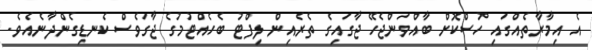
އެ އިމާރާތެއްގައި ހުސްކޮށް ބާއްވަންޖެހޭ ޖާގައިގެ ތެރެއިން ލިފްޓު ބެހެއްޓުމުގެ ޖާގަވެސް ކެނޑިގެންދާނެއެވެ.